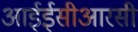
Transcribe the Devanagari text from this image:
आईईसीआरसी